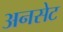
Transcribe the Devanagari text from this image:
अनसेट